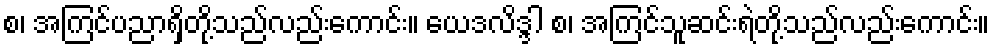
စ၊ အကြင်ပညာရှိတို့သည်လည်းကောင်း။ ယေဒလိဒ္ဒါ စ၊ အကြင်သူဆင်းရဲတို့သည်လည်းကောင်း။